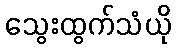
သွေးထွက်သံယို